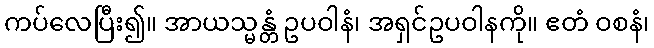
ကပ်လေပြီး၍။ အာယသ္မန္တံ ဥပဝါနံ၊ အရှင်ဥပဝါနကို။ ဧတံ ဝစနံ၊